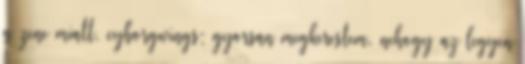
a zene miatt. cyborgwings: gyorsan megkerestem, nehogy az legyen